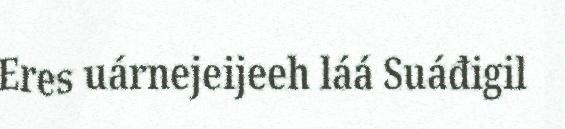
Eres uárnejeijeeh láá Suáđigil